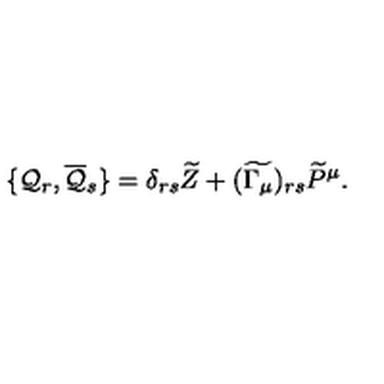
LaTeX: \{ { \cal { Q } } _ { r } , \overline { { { \cal { Q } } } } _ { s } \} = \delta _ { r s } \widetilde { Z } + ( \widetilde { \Gamma _ { \mu } } ) _ { r s } \widetilde { P } ^ { \mu } .